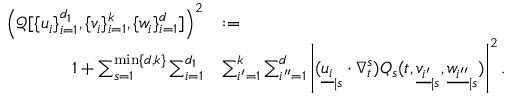
\begin{array} { r l } { \left( \mathcal { Q } [ \{ u _ { i } \} _ { i = 1 } ^ { d _ { 1 } } , \{ v _ { i } \} _ { i = 1 } ^ { k } , \{ w _ { i } \} _ { i = 1 } ^ { d } ] \right) ^ { 2 } } & { : = } \\ { 1 + \sum _ { s = 1 } ^ { \operatorname* { m i n } \{ d , k \} } \sum _ { i = 1 } ^ { d _ { 1 } } } & { \sum _ { i ^ { \prime } = 1 } ^ { k } \sum _ { i ^ { \prime \prime } = 1 } ^ { d } \left| ( { \underline { { u _ { i } } } } _ { | s } \cdot \nabla _ { t } ^ { s } ) Q _ { s } ( t , { \underline { { v _ { i ^ { \prime } } } } } _ { | s } , { \underline { { w _ { i ^ { \prime \prime } } } } } _ { | s } ) \right| ^ { 2 } . } \end{array}